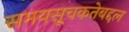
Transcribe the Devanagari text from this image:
समयसूचकतेबद्दल